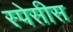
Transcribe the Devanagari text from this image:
स्पेसीस